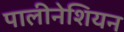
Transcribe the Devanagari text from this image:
पालीनेशियन